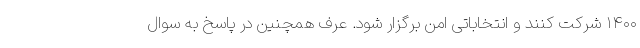
۱۴۰۰ شرکت کنند و انتخاباتی امن برگزار شود. عرف همچنین در پاسخ به سوال